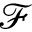
\mathcal { F }